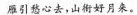
雁引愁心去，山衔好月来。